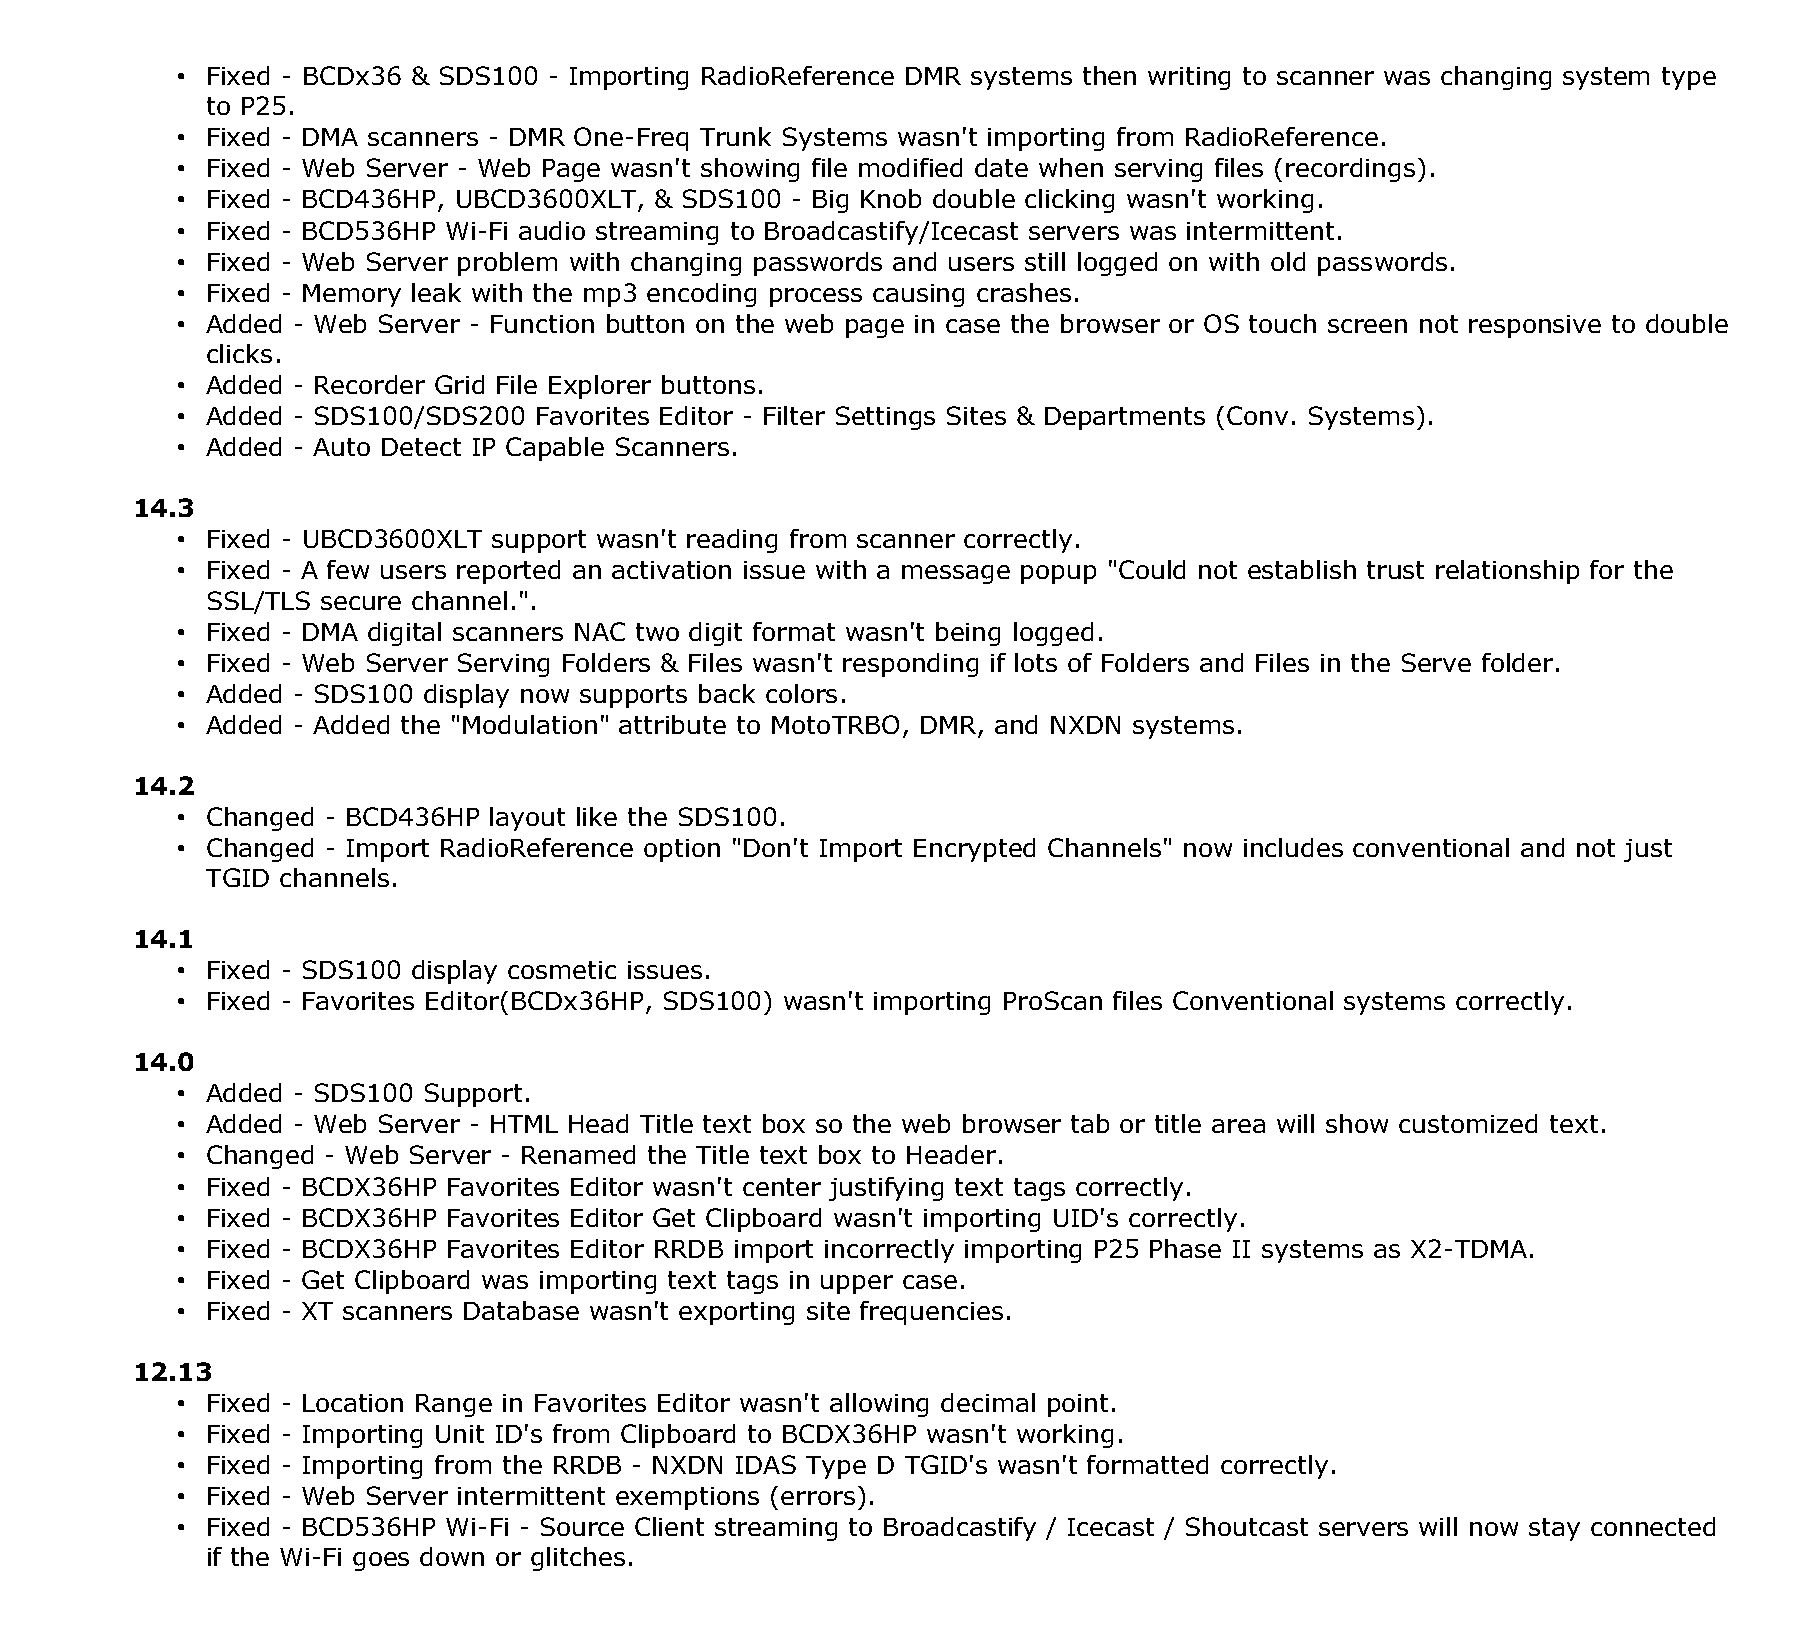
• Fixed - BCDx36 & SDS100 - Importing RadioReference DMR systems then writing to scanner was changing system type
 to P25.
 • Fixed - DMA scanners - DMR One-Freq Trunk Systems wasn't importing from RadioReference.
 • Fixed - Web Server - Web Page wasn't showing file modified date when serving files (recordings).
 • Fixed - BCD436HP, UBCD3600XLT, & SDS100 - Big Knob double clicking wasn't working.
 • Fixed - BCD536HP Wi-Fi audio streaming to Broadcastify/Icecast servers was intermittent.
 • Fixed - Web Server problem with changing passwords and users still logged on with old passwords.
 • Fixed - Memory leak with the mp3 encoding process causing crashes.
 • Added - Web Server - Function button on the web page in case the browser or OS touch screen not responsive to double
 clicks.
 • Added - Recorder Grid File Explorer buttons.
 • Added - SDS100/SDS200 Favorites Editor - Filter Settings Sites & Departments (Conv. Systems).
 • Added - Auto Detect IP Capable Scanners.
 14.3
 • Fixed - UBCD3600XLT support wasn't reading from scanner correctly.
 • Fixed - A few users reported an activation issue with a message popup "Could not establish trust relationship for the
 SSL/TLS secure channel.".
 • Fixed - DMA digital scanners NAC two digit format wasn't being logged.
 • Fixed - Web Server Serving Folders & Files wasn't responding if lots of Folders and Files in the Serve folder.
 • Added - SDS100 display now supports back colors.
 • Added - Added the "Modulation" attribute to MotoTRBO, DMR, and NXDN systems.
 14.2
 • Changed - BCD436HP layout like the SDS100.
 • Changed - Import RadioReference option "Don't Import Encrypted Channels" now includes conventional and not just
 TGID channels.
 14.1
 • Fixed - SDS100 display cosmetic issues.
 • Fixed - Favorites Editor(BCDx36HP, SDS100) wasn't importing ProScan files Conventional systems correctly.
 14.0
 • Added - SDS100 Support.
 • Added - Web Server - HTML Head Title text box so the web browser tab or title area will show customized text.
 • Changed - Web Server - Renamed the Title text box to Header.
 • Fixed - BCDX36HP Favorites Editor wasn't center justifying text tags correctly.
 • Fixed - BCDX36HP Favorites Editor Get Clipboard wasn't importing UID's correctly.
 • Fixed - BCDX36HP Favorites Editor RRDB import incorrectly importing P25 Phase II systems as X2-TDMA.
 • Fixed - Get Clipboard was importing text tags in upper case.
 • Fixed - XT scanners Database wasn't exporting site frequencies.
 12.13
 • Fixed - Location Range in Favorites Editor wasn't allowing decimal point.
 • Fixed - Importing Unit ID's from Clipboard to BCDX36HP wasn't working.
 • Fixed - Importing from the RRDB - NXDN IDAS Type D TGID's wasn't formatted correctly.
 • Fixed - Web Server intermittent exemptions (errors).
 • Fixed - BCD536HP Wi-Fi - Source Client streaming to Broadcastify / Icecast / Shoutcast servers will now stay connected
 if the Wi-Fi goes down or glitches.